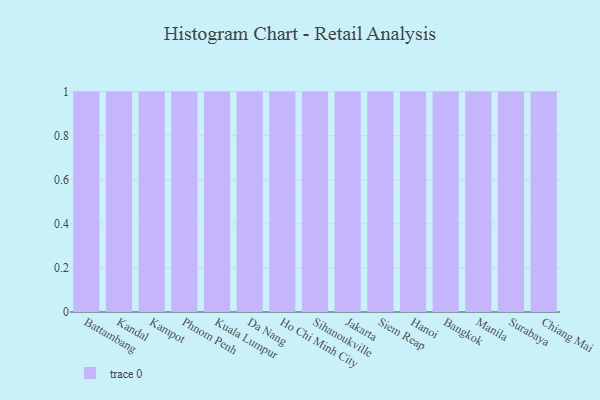
{"axis": {"x": "City", "y": "Latency (ms)"}, "legend": [""], "data": [{"x": "Battambang", "y": 54, "type": ""}, {"x": "Kandal", "y": 15, "type": ""}, {"x": "Kampot", "y": 9, "type": ""}, {"x": "Phnom Penh", "y": 84, "type": ""}, {"x": "Kuala Lumpur", "y": 36, "type": ""}, {"x": "Da Nang", "y": 74, "type": ""}, {"x": "Ho Chi Minh City", "y": 100, "type": ""}, {"x": "Sihanoukville", "y": 5, "type": ""}, {"x": "Jakarta", "y": 91, "type": ""}, {"x": "Siem Reap", "y": 68, "type": ""}, {"x": "Hanoi", "y": 51, "type": ""}, {"x": "Bangkok", "y": 38, "type": ""}, {"x": "Manila", "y": 87, "type": ""}, {"x": "Surabaya", "y": 43, "type": ""}, {"x": "Chiang Mai", "y": 38, "type": ""}]}